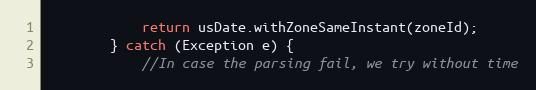
Language: Java
            return usDate.withZoneSameInstant(zoneId);
        } catch (Exception e) {
            //In case the parsing fail, we try without time